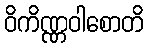
ဝိကိဏ္ဏဝါစောတိ